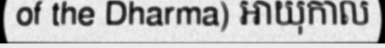
of the Dharma) អាយុកាល